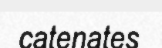
catenates